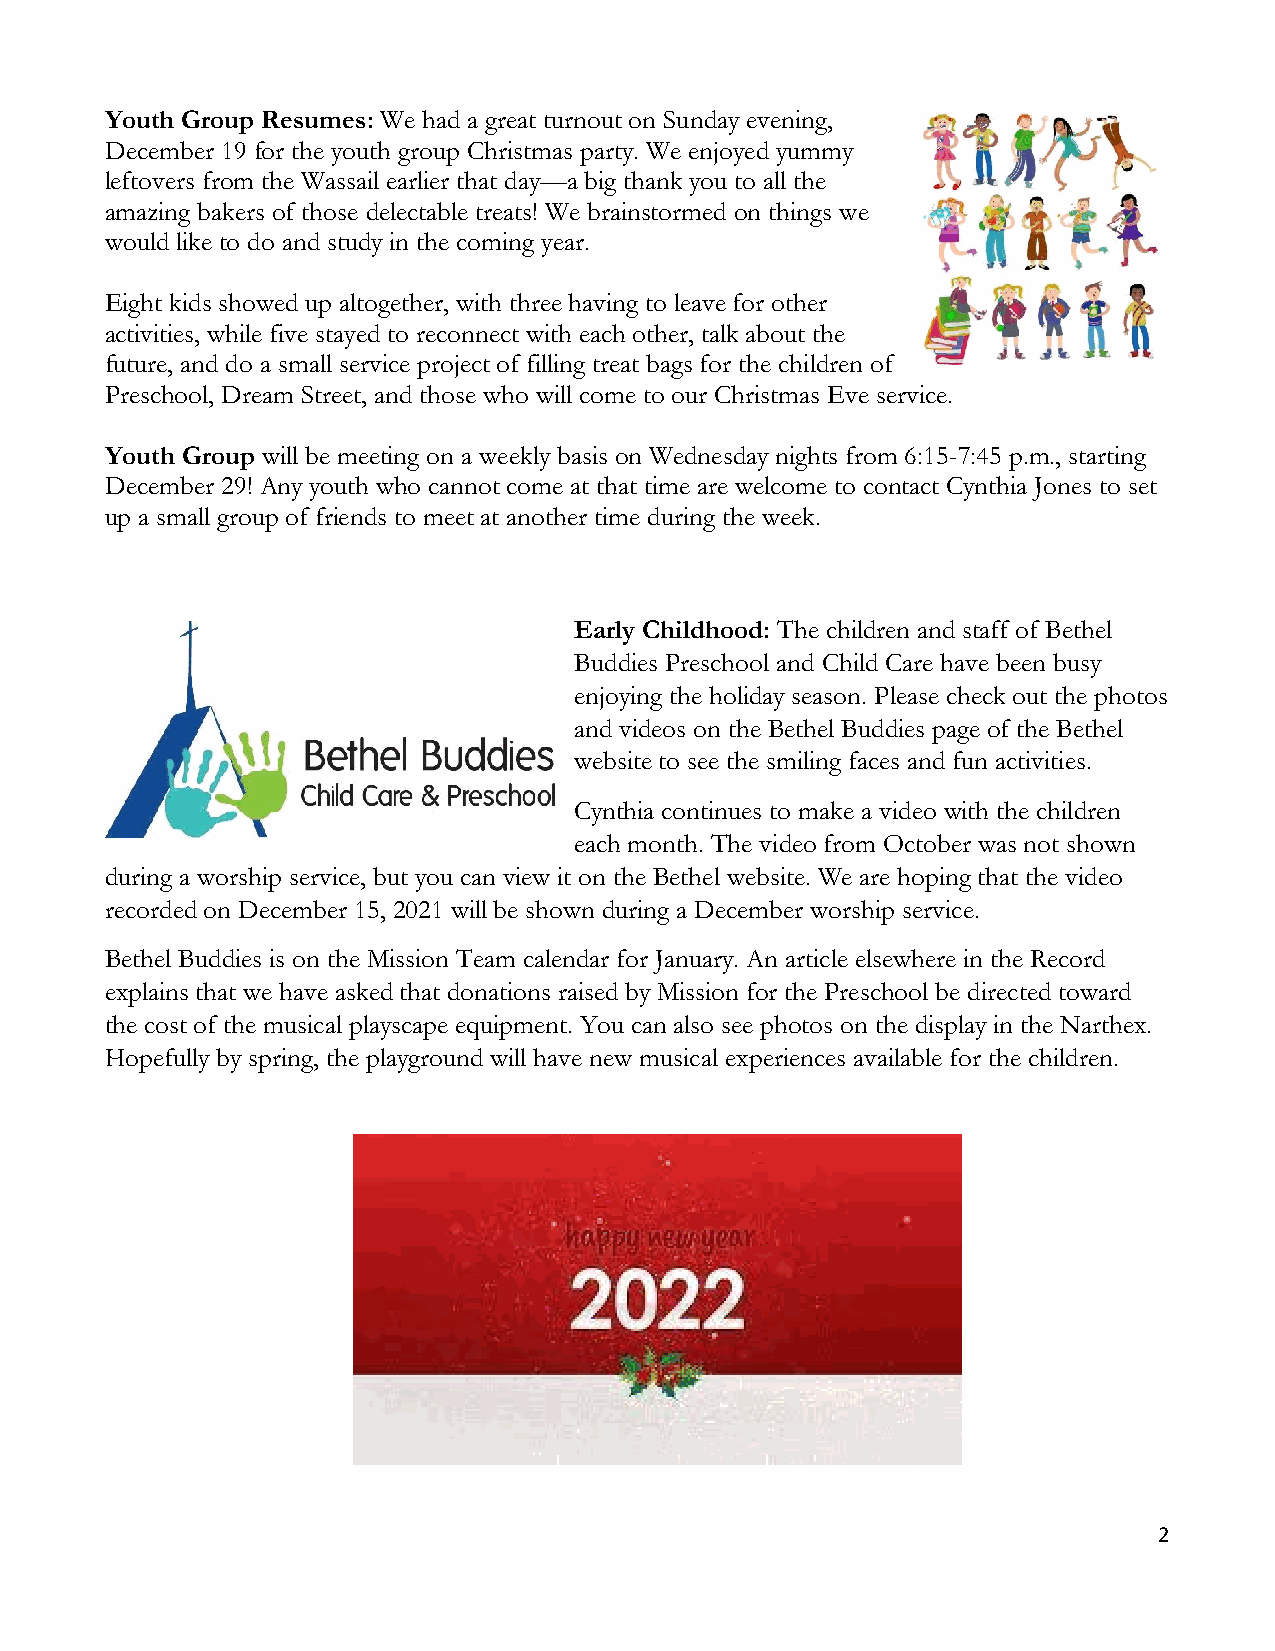
Youth Group Resumes: We had a great turnout on Sunday evening,
 December 19 for the youth group Christmas party. We enjoyed yummy
 leftovers from the Wassail earlier that day—a big thank you to all the
 amazing bakers of those delectable treats! We brainstormed on things we
 would like to do and study in the coming year.
 Eight kids showed up altogether, with three having to leave for other
 activities, while five stayed to reconnect with each other, talk about the
 future, and do a small service project of filling treat bags for the children of
 Preschool, Dream Street, and those who will come to our Christmas Eve service.
 Youth Group will be meeting on a weekly basis on Wednesday nights from 6:15-7:45 p.m., starting
 December 29! Any youth who cannot come at that time are welcome to contact Cynthia Jones to set
 up a small group of friends to meet at another time during the week.
 Early Childhood: The children and staff of Bethel
 Buddies Preschool and Child Care have been busy
 enjoying the holiday season. Please check out the photos
 and videos on the Bethel Buddies page of the Bethel
 website to see the smiling faces and fun activities.
 Cynthia continues to make a video with the children
 each month. The video from October was not shown
 during a worship service, but you can view it on the Bethel website. We are hoping that the video
 recorded on December 15, 2021 will be shown during a December worship service.
 Bethel Buddies is on the Mission Team calendar for January. An article elsewhere in the Record
 explains that we have asked that donations raised by Mission for the Preschool be directed toward
 the cost of the musical playscape equipment. You can also see photos on the display in the Narthex.
 Hopefully by spring, the playground will have new musical experiences available for the children.
 2